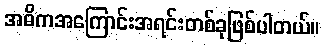
အဓိကအကြောင်းအရင်းတစ်ခုဖြစ်ပါတယ်။